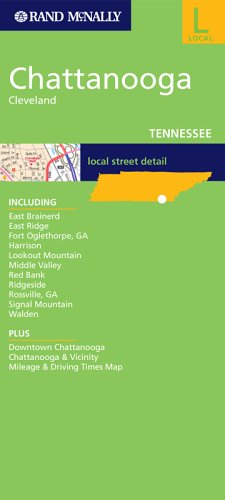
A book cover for FM Chattanooga, TN (Rand McNally Folded Map: Cities); Rand McNally; Travel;